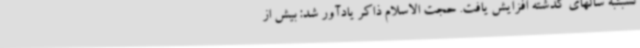
نسبتبه سالهای گذشته افزایش یافت. حجت الاسلام ذاکر یادآور شد: بیش از